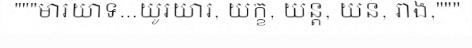
"""មារយាទ...យូរយារ, យក្ខ, យន្ត, យន់, រាង,"""